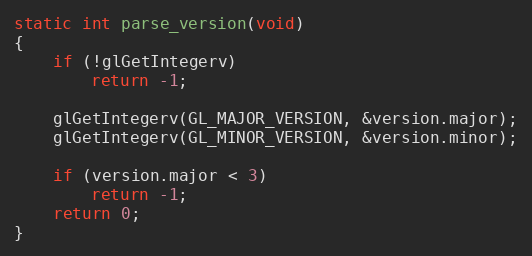
Language: C
static int parse_version(void)
{
	if (!glGetIntegerv)
		return -1;

	glGetIntegerv(GL_MAJOR_VERSION, &version.major);
	glGetIntegerv(GL_MINOR_VERSION, &version.minor);

	if (version.major < 3)
		return -1;
	return 0;
}